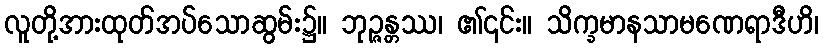
လူတို့အားထုတ်အပ်သောဆွမ်း၌။ ဘုဉ္ဇန္တဿ၊ ၏၎င်း။ သိက္ခမာနသာမဏေရာဒီဟိ၊